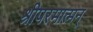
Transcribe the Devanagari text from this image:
श्रीपरमात्मन्